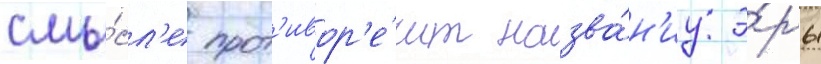
смы́сл'е прот'ивор'е́чит назва́н'иу э́ры